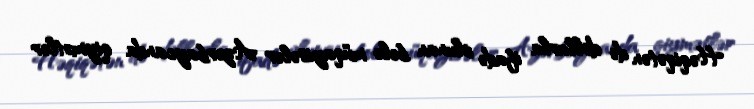
Həqiqətən də dollarla ifadə olunan belə müqayisələr Azərbaycanda qiymətlər